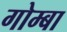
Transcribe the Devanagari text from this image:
गोम्बा